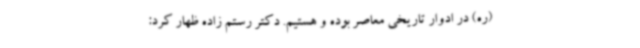
(ره) در ادوار تاریخی معاصر بوده و هستیم. دکتر رستم زاده ظهار کرد: